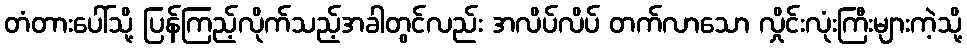
တံတားပေါ်သို့ ပြန်ကြည့်လိုက်သည့်အခါတွင်လည်း အလိပ်လိပ် တက်လာသော လှိုင်းလုံးကြီးများကဲ့သို့